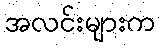
အလင်းများက